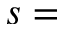
s =